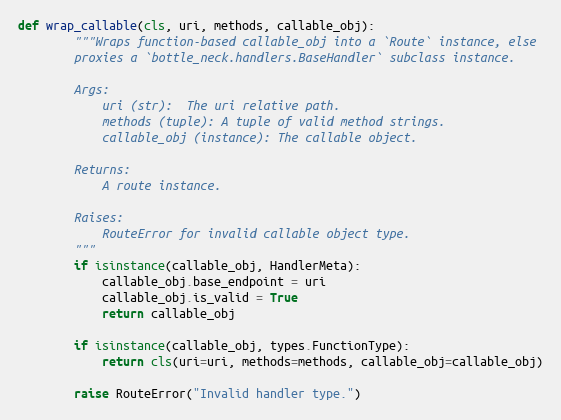
Language: Python
def wrap_callable(cls, uri, methods, callable_obj):
        """Wraps function-based callable_obj into a `Route` instance, else
        proxies a `bottle_neck.handlers.BaseHandler` subclass instance.

        Args:
            uri (str):  The uri relative path.
            methods (tuple): A tuple of valid method strings.
            callable_obj (instance): The callable object.

        Returns:
            A route instance.

        Raises:
            RouteError for invalid callable object type.
        """
        if isinstance(callable_obj, HandlerMeta):
            callable_obj.base_endpoint = uri
            callable_obj.is_valid = True
            return callable_obj

        if isinstance(callable_obj, types.FunctionType):
            return cls(uri=uri, methods=methods, callable_obj=callable_obj)

        raise RouteError("Invalid handler type.")